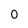
Character: 0